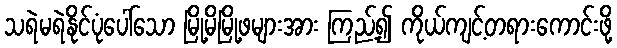
သရဲမရဲနိုင်ပုံပေါ်သော မြို့မိမြို့ဖများအား ကြည့်၍ ကိုယ်ကျင့်တရားကောင်းဖို့